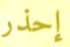
إحذر